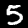
Digit: 5